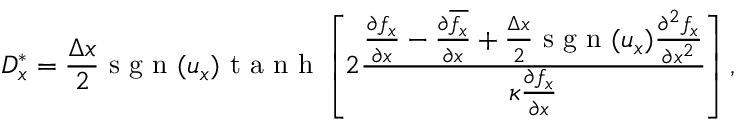
D _ { x } ^ { \ast } = \frac { \Delta x } { 2 } \mathrm { ~ s ~ g ~ n ~ } ( u _ { x } ) \mathrm { ~ t ~ a ~ n ~ h ~ } \left[ 2 \frac { \frac { \partial f _ { x } } { \partial x } - \frac { \partial \overline { { f _ { x } } } } { \partial x } + \frac { \Delta x } { 2 } \mathrm { ~ s ~ g ~ n ~ } ( u _ { x } ) \frac { \partial ^ { 2 } f _ { x } } { \partial x ^ { 2 } } } { \kappa \frac { \partial { f _ { x } } } { \partial x } } \right] ,